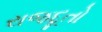
રાજદૂતો